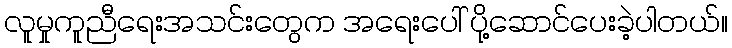
လူမှုကူညီရေးအသင်းတွေက အရေးပေါ် ပို့ဆောင်ပေးခဲ့ပါတယ်။